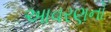
આવરણનો